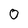
Character: 0